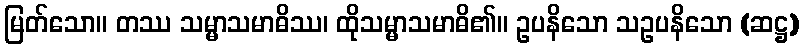
မြတ်သော။ တဿ သမ္မာသမာဓိဿ၊ ထိုသမ္မာသမာဓိ၏။ ဥပနိသော သဥပနိသော (ဆဋ္ဌ)